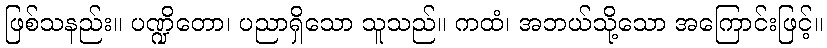
ဖြစ်သနည်း။ ပဏ္ဍိတော၊ ပညာရှိသော သူသည်။ ကထံ၊ အဘယ်သို့သော အကြောင်းဖြင့်။